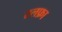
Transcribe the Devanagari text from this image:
रलफ़ा